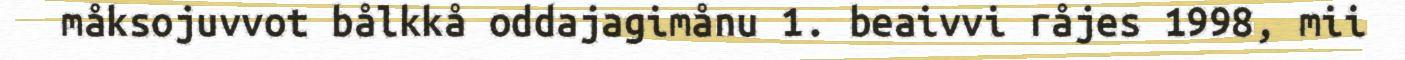
måksojuvvot bålkkå oddajagimånu 1. beaivvi råjes 1998, mii